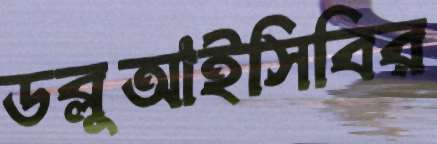
ডব্লুআইসিবির